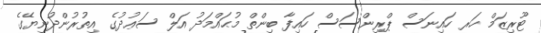
ޓޫރިޒަމް ހަރ ހައިނަސް ޕްރިންސަސް ހައިފާ ބިންތް މުޙައްމަދު އަލް ސަޢުދުގެ އިތުރުންދުނިޔޭގެ